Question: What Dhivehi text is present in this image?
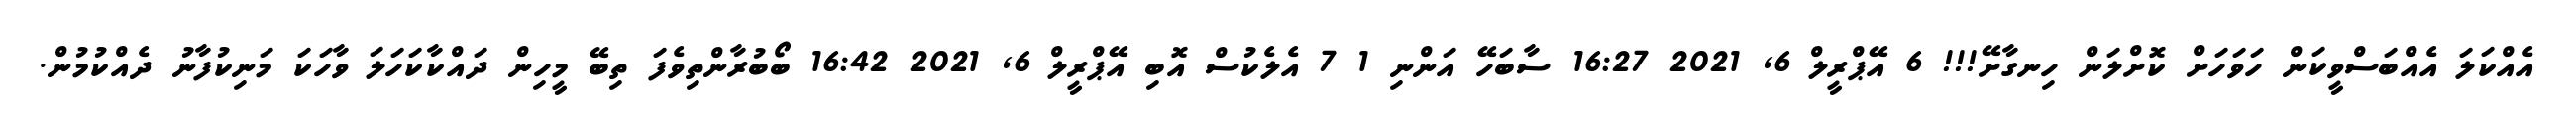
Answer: އެއްކަލަ އެއްބަސްވީކަން ހަވަހަށް ކޮށްލަން ހިނގާށޭ!!! 6 އޭޕްރީލް 6, 2021 16:27 ސާބަހޭ އަންނި 1 7 އެލެކުސް އޮބި އޭޕްރީލް 6, 2021 16:42 ބޯބުރާންތިވެފަ ތިބޭ މީހިން ދައްކާކަހަލަ ވާހަކަ މަނިކުފާނު ދެއްކުމުން.